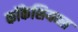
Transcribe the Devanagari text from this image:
कॉकेशियन्स